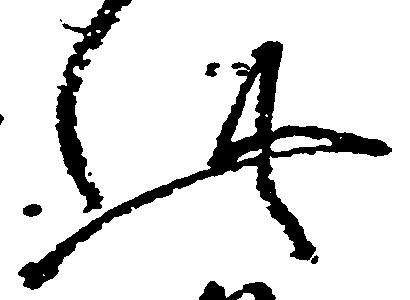
此